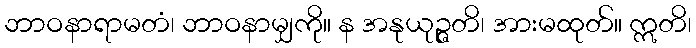
ဘာဝနာရာမတံ၊ ဘာဝနာမျှကို။ န အနုယုဉ္ဇတိ၊ အားမထုတ်။ ဣတိ၊